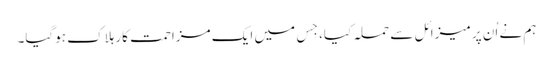
ہم نے اُن پر میزائل سے حملہ کیا، جِس میں ایک مزاحمت کار ہلاک ہوگیا۔